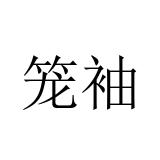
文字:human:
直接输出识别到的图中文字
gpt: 笼袖